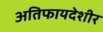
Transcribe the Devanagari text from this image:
अतिफायदेशीर